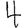
Digit: 4